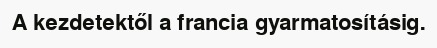
A kezdetektől a francia gyarmatosításig.